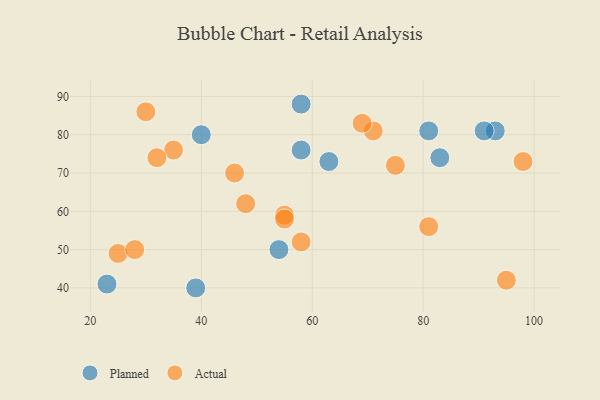
{"axis": {"x": "GDP", "y": "Life Expectancy"}, "legend": ["Actual", "Planned"], "data": [{"x": "83", "y": 74, "type": "Planned"}, {"x": "58", "y": 76, "type": "Planned"}, {"x": "23", "y": 41, "type": "Planned"}, {"x": "54", "y": 50, "type": "Planned"}, {"x": "93", "y": 81, "type": "Planned"}, {"x": "63", "y": 73, "type": "Planned"}, {"x": "40", "y": 80, "type": "Planned"}, {"x": "39", "y": 40, "type": "Planned"}, {"x": "58", "y": 88, "type": "Planned"}, {"x": "91", "y": 81, "type": "Planned"}, {"x": "81", "y": 81, "type": "Planned"}, {"x": "35", "y": 76, "type": "Actual"}, {"x": "32", "y": 74, "type": "Actual"}, {"x": "95", "y": 42, "type": "Actual"}, {"x": "55", "y": 59, "type": "Actual"}, {"x": "48", "y": 62, "type": "Actual"}, {"x": "71", "y": 81, "type": "Actual"}, {"x": "69", "y": 83, "type": "Actual"}, {"x": "58", "y": 52, "type": "Actual"}, {"x": "55", "y": 58, "type": "Actual"}, {"x": "46", "y": 70, "type": "Actual"}, {"x": "25", "y": 49, "type": "Actual"}, {"x": "75", "y": 72, "type": "Actual"}, {"x": "81", "y": 56, "type": "Actual"}, {"x": "30", "y": 86, "type": "Actual"}, {"x": "28", "y": 50, "type": "Actual"}, {"x": "98", "y": 73, "type": "Actual"}]}